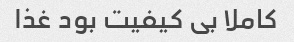
کاملا بی کیفیت بود غذا